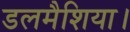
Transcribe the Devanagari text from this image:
डलमैशिया।